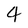
Character: 4